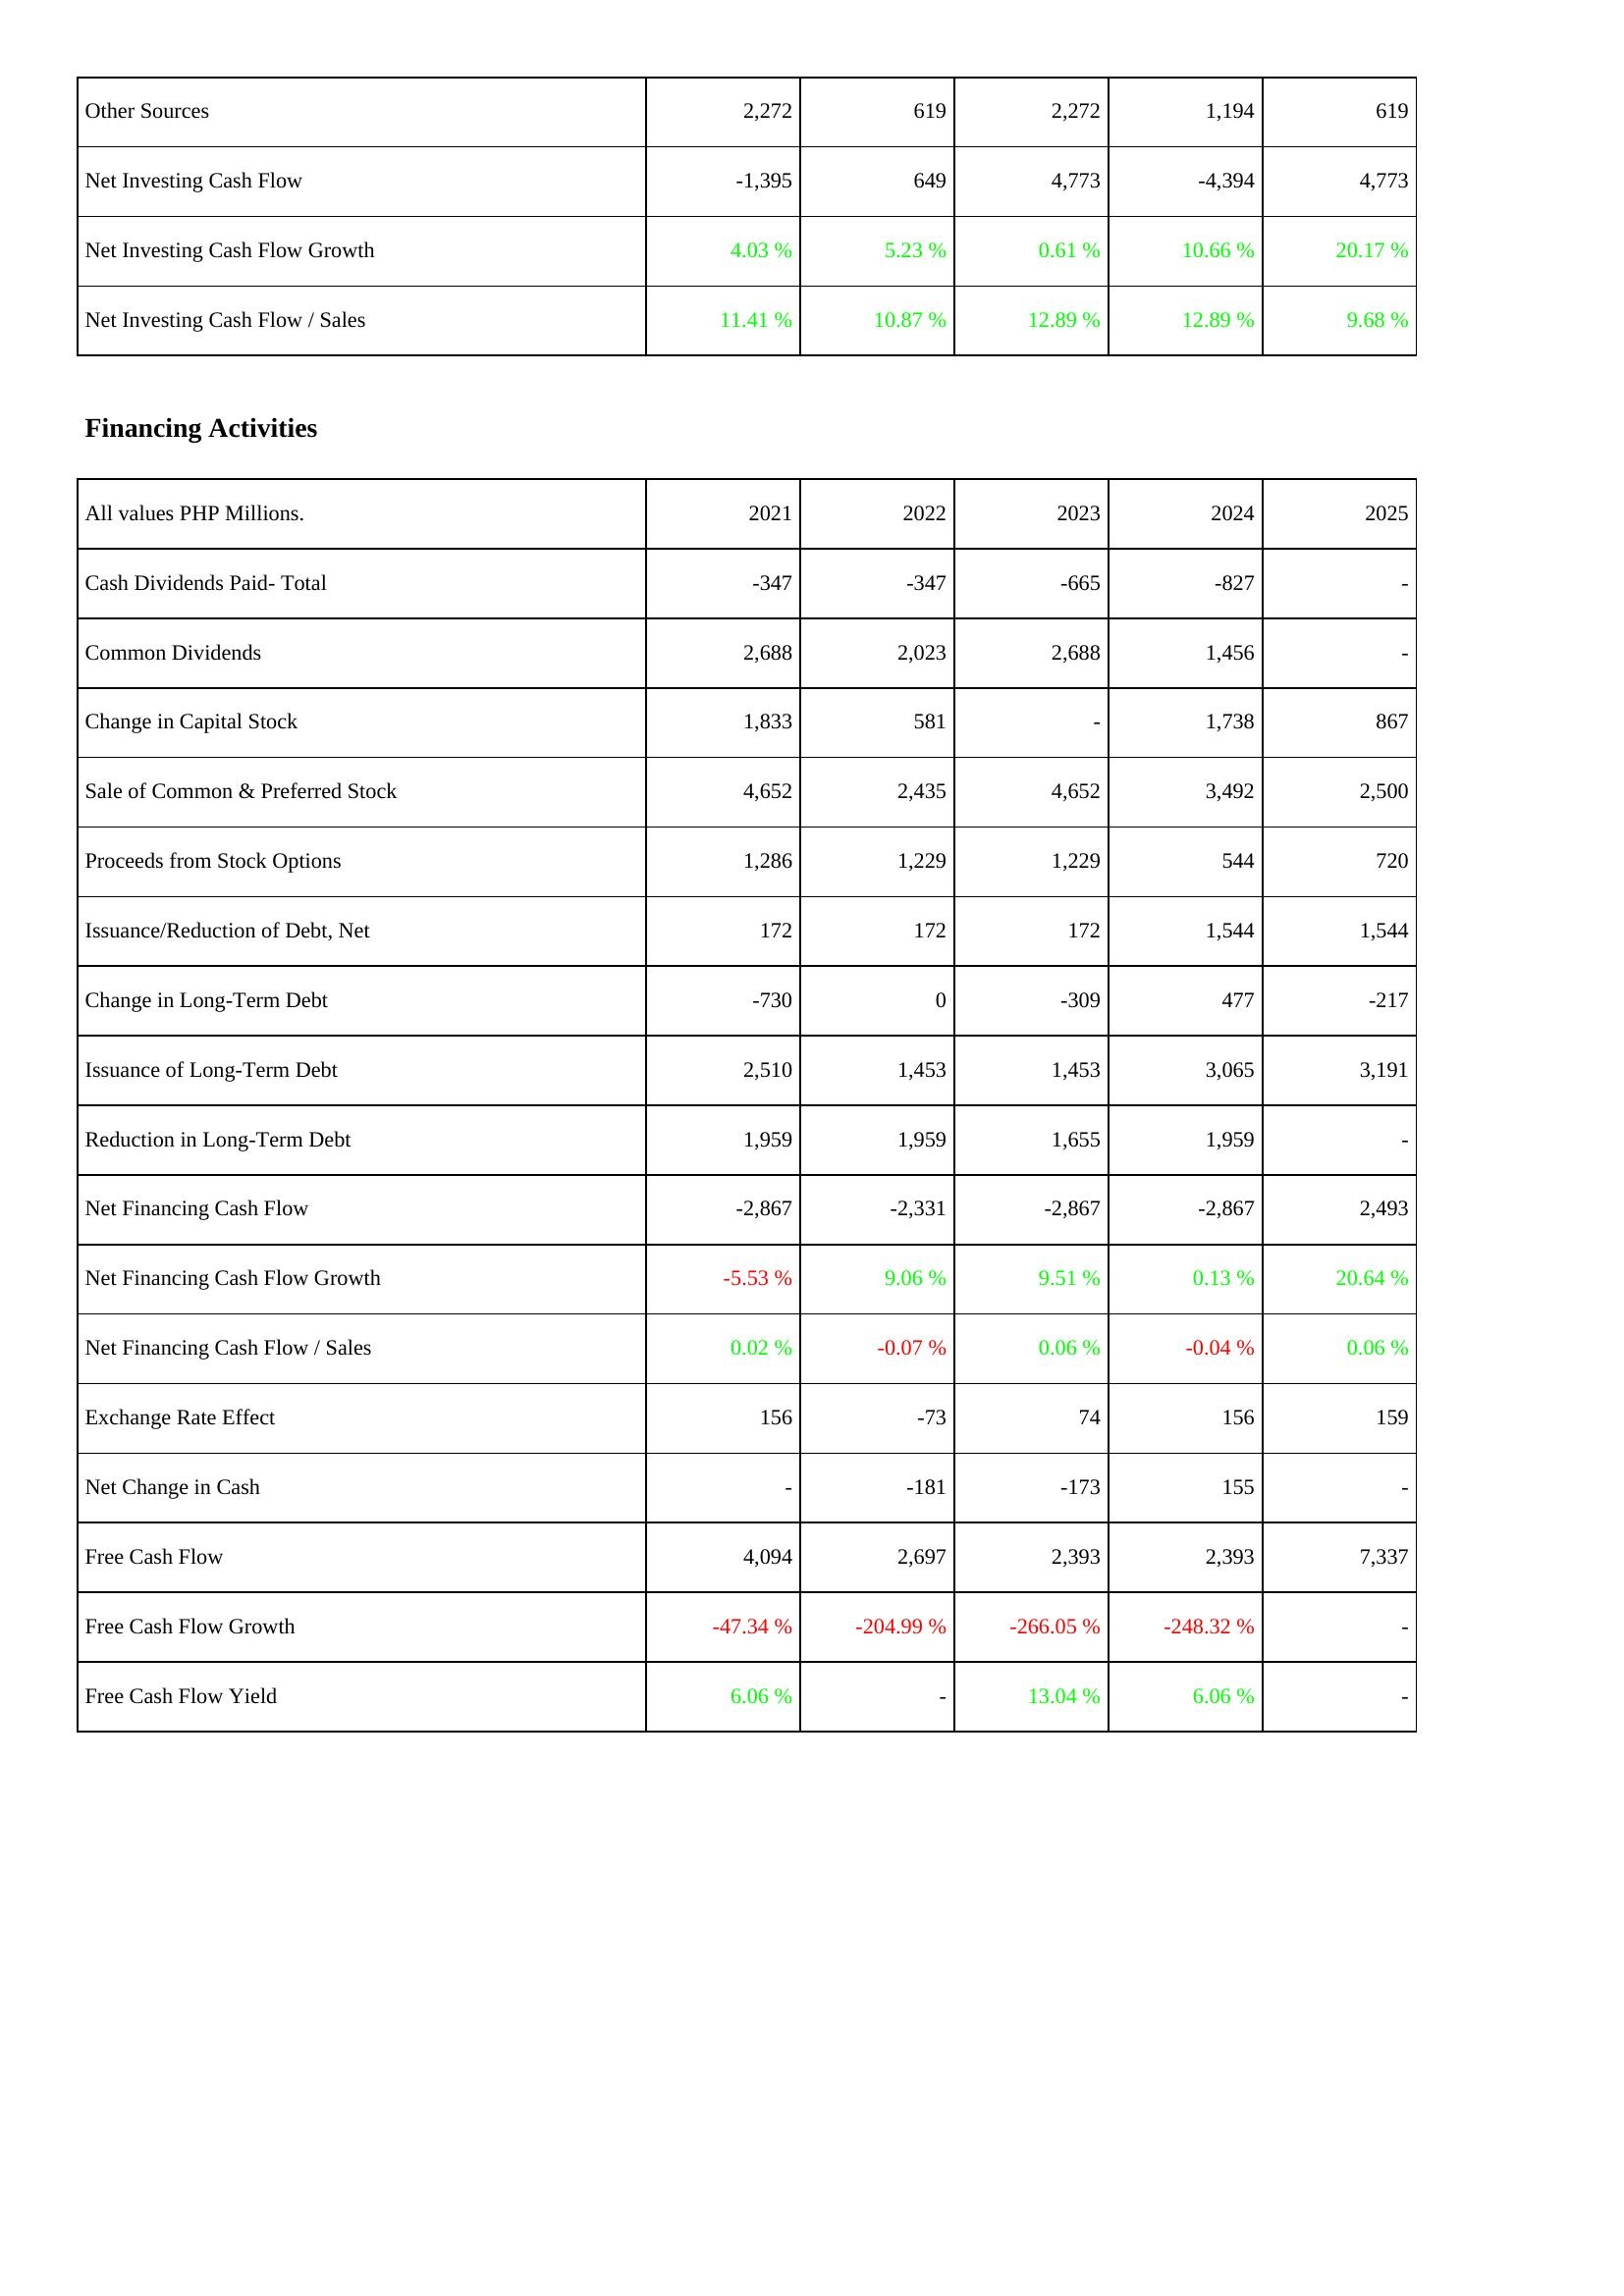
2021: Investing Activities: Other Sources: 2,272
Net Investing Cash Flow: -1,395
Net Investing Cash Flow Growth: 4.03 %
Net Investing Cash Flow / Sales: 11.41 %
Financing Activities: Cash Dividends Paid- Total: -347
Common Dividends: 2,688
Change in Capital Stock: 1,833
Sale of Common & Preferred Stock: 4,652
Proceeds from Stock Options: 1,286
Issuance/Reduction of Debt, Net: 172
Change in Long-Term Debt: -730
Issuance of Long-Term Debt: 2,510
Reduction in Long-Term Debt: 1,959
Net Financing Cash Flow: -2,867
Net Financing Cash Flow Growth: -5.53 %
Net Financing Cash Flow / Sales: 0.02 %
Exchange Rate Effect: 156
Net Change in Cash: -
Free Cash Flow: 4,094
Free Cash Flow Growth: -47.34 %
Free Cash Flow Yield: 6.06 %
2022: Investing Activities: Other Sources: 619
Net Investing Cash Flow: 649
Net Investing Cash Flow Growth: 5.23 %
Net Investing Cash Flow / Sales: 10.87 %
Financing Activities: Cash Dividends Paid- Total: -347
Common Dividends: 2,023
Change in Capital Stock: 581
Sale of Common & Preferred Stock: 2,435
Proceeds from Stock Options: 1,229
Issuance/Reduction of Debt, Net: 172
Change in Long-Term Debt: 0
Issuance of Long-Term Debt: 1,453
Reduction in Long-Term Debt: 1,959
Net Financing Cash Flow: -2,331
Net Financing Cash Flow Growth: 9.06 %
Net Financing Cash Flow / Sales: -0.07 %
Exchange Rate Effect: -73
Net Change in Cash: -181
Free Cash Flow: 2,697
Free Cash Flow Growth: -204.99 %
Free Cash Flow Yield: -
2023: Investing Activities: Other Sources: 2,272
Net Investing Cash Flow: 4,773
Net Investing Cash Flow Growth: 0.61 %
Net Investing Cash Flow / Sales: 12.89 %
Financing Activities: Cash Dividends Paid- Total: -665
Common Dividends: 2,688
Change in Capital Stock: -
Sale of Common & Preferred Stock: 4,652
Proceeds from Stock Options: 1,229
Issuance/Reduction of Debt, Net: 172
Change in Long-Term Debt: -309
Issuance of Long-Term Debt: 1,453
Reduction in Long-Term Debt: 1,655
Net Financing Cash Flow: -2,867
Net Financing Cash Flow Growth: 9.51 %
Net Financing Cash Flow / Sales: 0.06 %
Exchange Rate Effect: 74
Net Change in Cash: -173
Free Cash Flow: 2,393
Free Cash Flow Growth: -266.05 %
Free Cash Flow Yield: 13.04 %
2024: Investing Activities: Other Sources: 1,194
Net Investing Cash Flow: -4,394
Net Investing Cash Flow Growth: 10.66 %
Net Investing Cash Flow / Sales: 12.89 %
Financing Activities: Cash Dividends Paid- Total: -827
Common Dividends: 1,456
Change in Capital Stock: 1,738
Sale of Common & Preferred Stock: 3,492
Proceeds from Stock Options: 544
Issuance/Reduction of Debt, Net: 1,544
Change in Long-Term Debt: 477
Issuance of Long-Term Debt: 3,065
Reduction in Long-Term Debt: 1,959
Net Financing Cash Flow: -2,867
Net Financing Cash Flow Growth: 0.13 %
Net Financing Cash Flow / Sales: -0.04 %
Exchange Rate Effect: 156
Net Change in Cash: 155
Free Cash Flow: 2,393
Free Cash Flow Growth: -248.32 %
Free Cash Flow Yield: 6.06 %
2025: Investing Activities: Other Sources: 619
Net Investing Cash Flow: 4,773
Net Investing Cash Flow Growth: 20.17 %
Net Investing Cash Flow / Sales: 9.68 %
Financing Activities: Cash Dividends Paid- Total: -
Common Dividends: -
Change in Capital Stock: 867
Sale of Common & Preferred Stock: 2,500
Proceeds from Stock Options: 720
Issuance/Reduction of Debt, Net: 1,544
Change in Long-Term Debt: -217
Issuance of Long-Term Debt: 3,191
Reduction in Long-Term Debt: -
Net Financing Cash Flow: 2,493
Net Financing Cash Flow Growth: 20.64 %
Net Financing Cash Flow / Sales: 0.06 %
Exchange Rate Effect: 159
Net Change in Cash: -
Free Cash Flow: 7,337
Free Cash Flow Growth: -
Free Cash Flow Yield: -